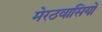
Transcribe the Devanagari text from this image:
मेरठवासियों